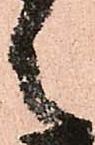
之